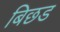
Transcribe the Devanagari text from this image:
बिछड